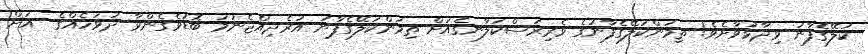
ކަލޭގެފާނު ވިދާޅުވާށެވެ! ތިމަންކަލޭގެފާނުގެ ވެރިރަސްކަލާނގެއަށް ތިމަންކަލޭގެފާނު އުރެދިއްޖެނަމަ ބޮޑުވެގެންވާ ދުވަހެއްގެ  އަށް